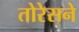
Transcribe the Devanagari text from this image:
तोरेसने